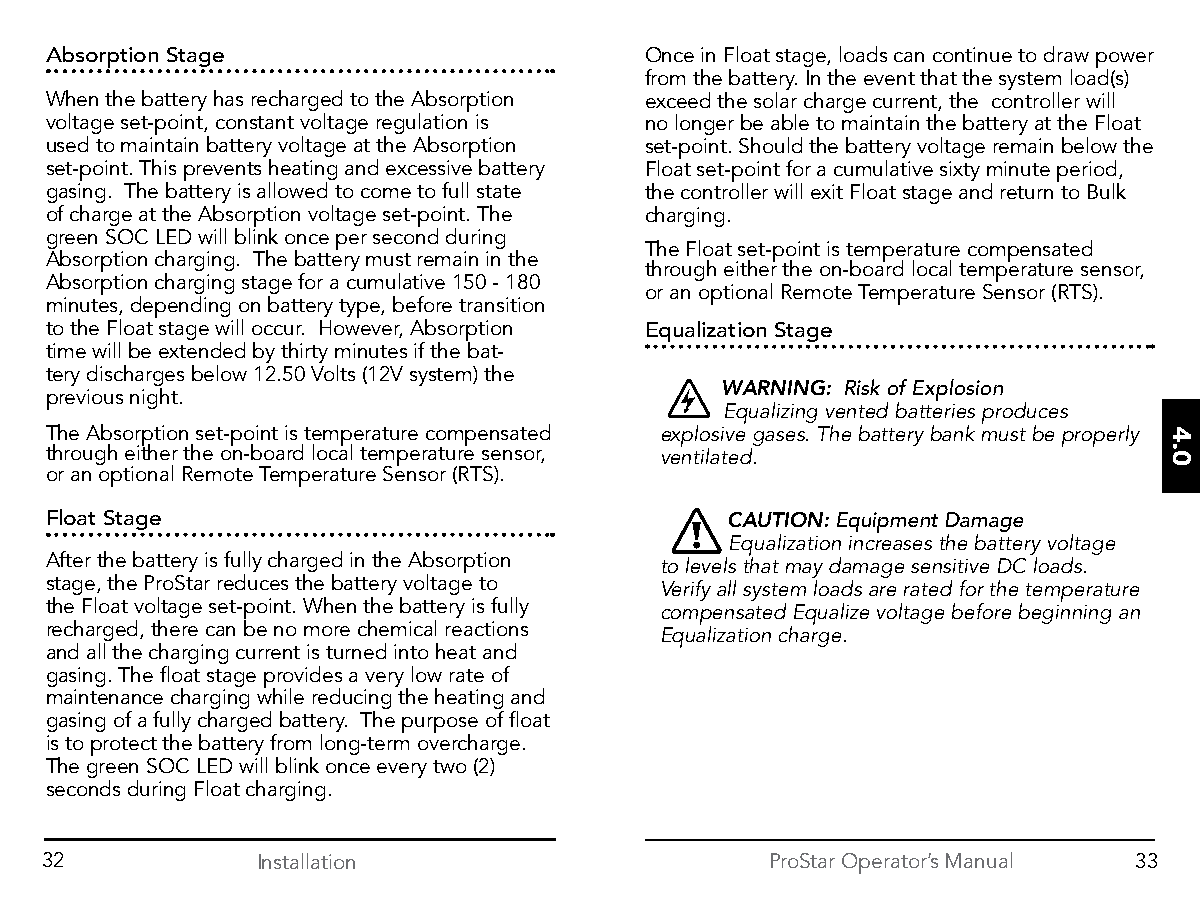
Absorption Stage                        Once in Float stage, loads can continue to draw power
 from the battery. In the event that the system load(s)
 When the battery has recharged to the Absorption exceed the solar charge current, the controller will
 voltage set-point, constant voltage regulation is no longer be able to maintain the battery at the Float
 used to maintain battery voltage at the Absorption set-point. Should the battery voltage remain below the
 set-point. This prevents heating and excessive battery Float set-point for a cumulative sixty minute period,
 gasing. The battery is allowed to come to full state the controller will exit Float stage and return to Bulk
 of charge at the Absorption voltage set-point. The charging.
 green SOC LED will blink once per second during
 The Float set-point is temperature compensated
 Absorption charging. The battery must remain in the
 through either the on-board local temperature sensor,
 Absorption charging stage for a cumulative 150 - 180
 or an optional Remote Temperature Sensor (RTS).
 minutes, depending on battery type, before transition
 to the Float stage will occur. However, Absorption Equalization Stage
 time will be extended by thirty minutes if the bat-
 tery discharges below 12.50 Volts (12V system) the
 WARNING: Risk of Explosion
 previous night.
 Equalizing vented batteries produces
 The Absorption set-point is temperature compensated explosive gases. The battery bank must be properly
 through either the on-board local temperature sensor, ventilated.
 or an optional Remote Temperature Sensor (RTS).
 Float Stage                                  CAUTION: Equipment Damage
 Equalization increases the battery voltage
 After the battery is fully charged in the Absorption
 to levels that may damage sensitive DC loads.
 stage, the ProStar reduces the battery voltage to
 Verify all system loads are rated for the temperature
 the Float voltage set-point. When the battery is fully
 compensated Equalize voltage before beginning an
 recharged, there can be no more chemical reactions
 Equalization charge.
 and all the charging current is turned into heat and
 gasing. The float stage provides a very low rate of
 maintenance charging while reducing the heating and
 gasing of a fully charged battery. The purpose of float
 is to protect the battery from long-term overcharge.
 The green SOC LED will blink once every two (2)
 seconds during Float charging.
 32            Installation                      ProStar Operator’s Manual 33
 4.0